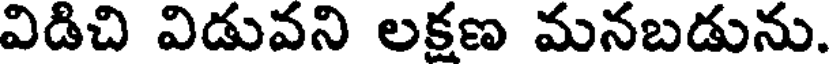
విడిచి విడువని లక్షణ మనబడును.